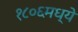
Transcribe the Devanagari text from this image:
१८०६मध्ये